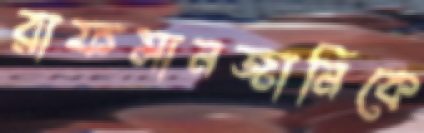
রাফসানজানিকে